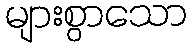
များစွာသော